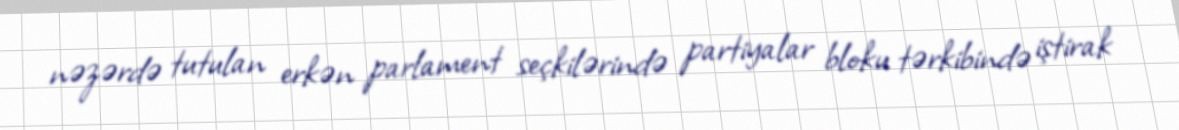
nəzərdə tutulan erkən parlament seçkilərində partiyalar bloku tərkibində iştirak